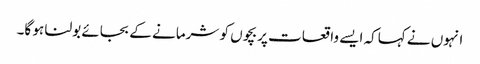
انہوں نے کہاکہ ایسے واقعات پر بچوں کو شرمانے کے بجائے بولنا ہو گا۔